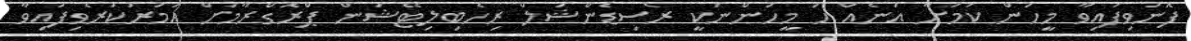
ފޮނުވިފައިވާ މީހުން ކަމަށާ އަނެއް ހަ މީހުންނަކީ ރެސިޑެންޝަލް ރިހެބިލިޓޭޝަން ޕްރޮގްރާމަށް އަމުރުކުރެވިފައިވާ